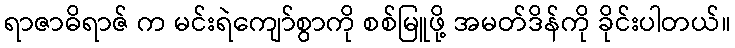
ရာဇာဓိရာဇ် က မင်းရဲကျော်စွာကို စစ်မြူဖို့ အမတ်ဒိန်ကို ခိုင်းပါတယ်။